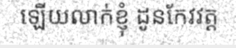
ឡើយលាក់ខ្ញុំ ដូនកែវវត្ត